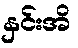
နှင်းအိ